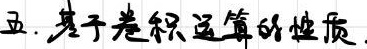
五. 基于卷积运算的性质.